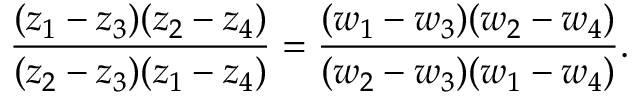
{ \frac { ( z _ { 1 } - z _ { 3 } ) ( z _ { 2 } - z _ { 4 } ) } { ( z _ { 2 } - z _ { 3 } ) ( z _ { 1 } - z _ { 4 } ) } } = { \frac { ( w _ { 1 } - w _ { 3 } ) ( w _ { 2 } - w _ { 4 } ) } { ( w _ { 2 } - w _ { 3 } ) ( w _ { 1 } - w _ { 4 } ) } } .